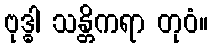
ဗုဒ္ဓါ သန္တိကရာ တုဝံ။